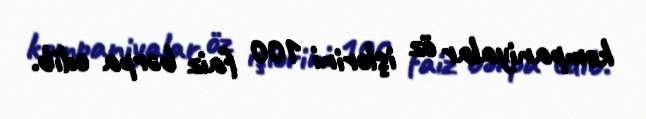
kompaniyalar öz işlərini 100 faiz bərpa edib.